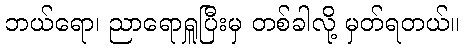
ဘယ်ရော၊ ညာရောရှူပြီးမှ တစ်ခါလို့ မှတ်ရတယ်။